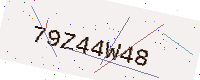
Text: 79Z44W48